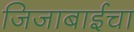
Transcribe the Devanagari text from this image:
जिजाबाईचा